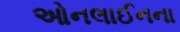
ઓનલાઈનના